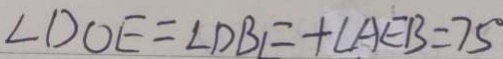
\angle D O E = \angle D B E + \angle A E B = 7 5 ^ { \circ }